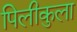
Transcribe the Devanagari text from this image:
पिलीकुला